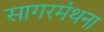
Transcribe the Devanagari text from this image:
सागरमंथना